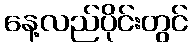
နေ့လည်ပိုင်းတွင်